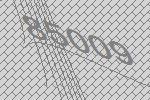
85009